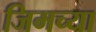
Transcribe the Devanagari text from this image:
जिमच्या